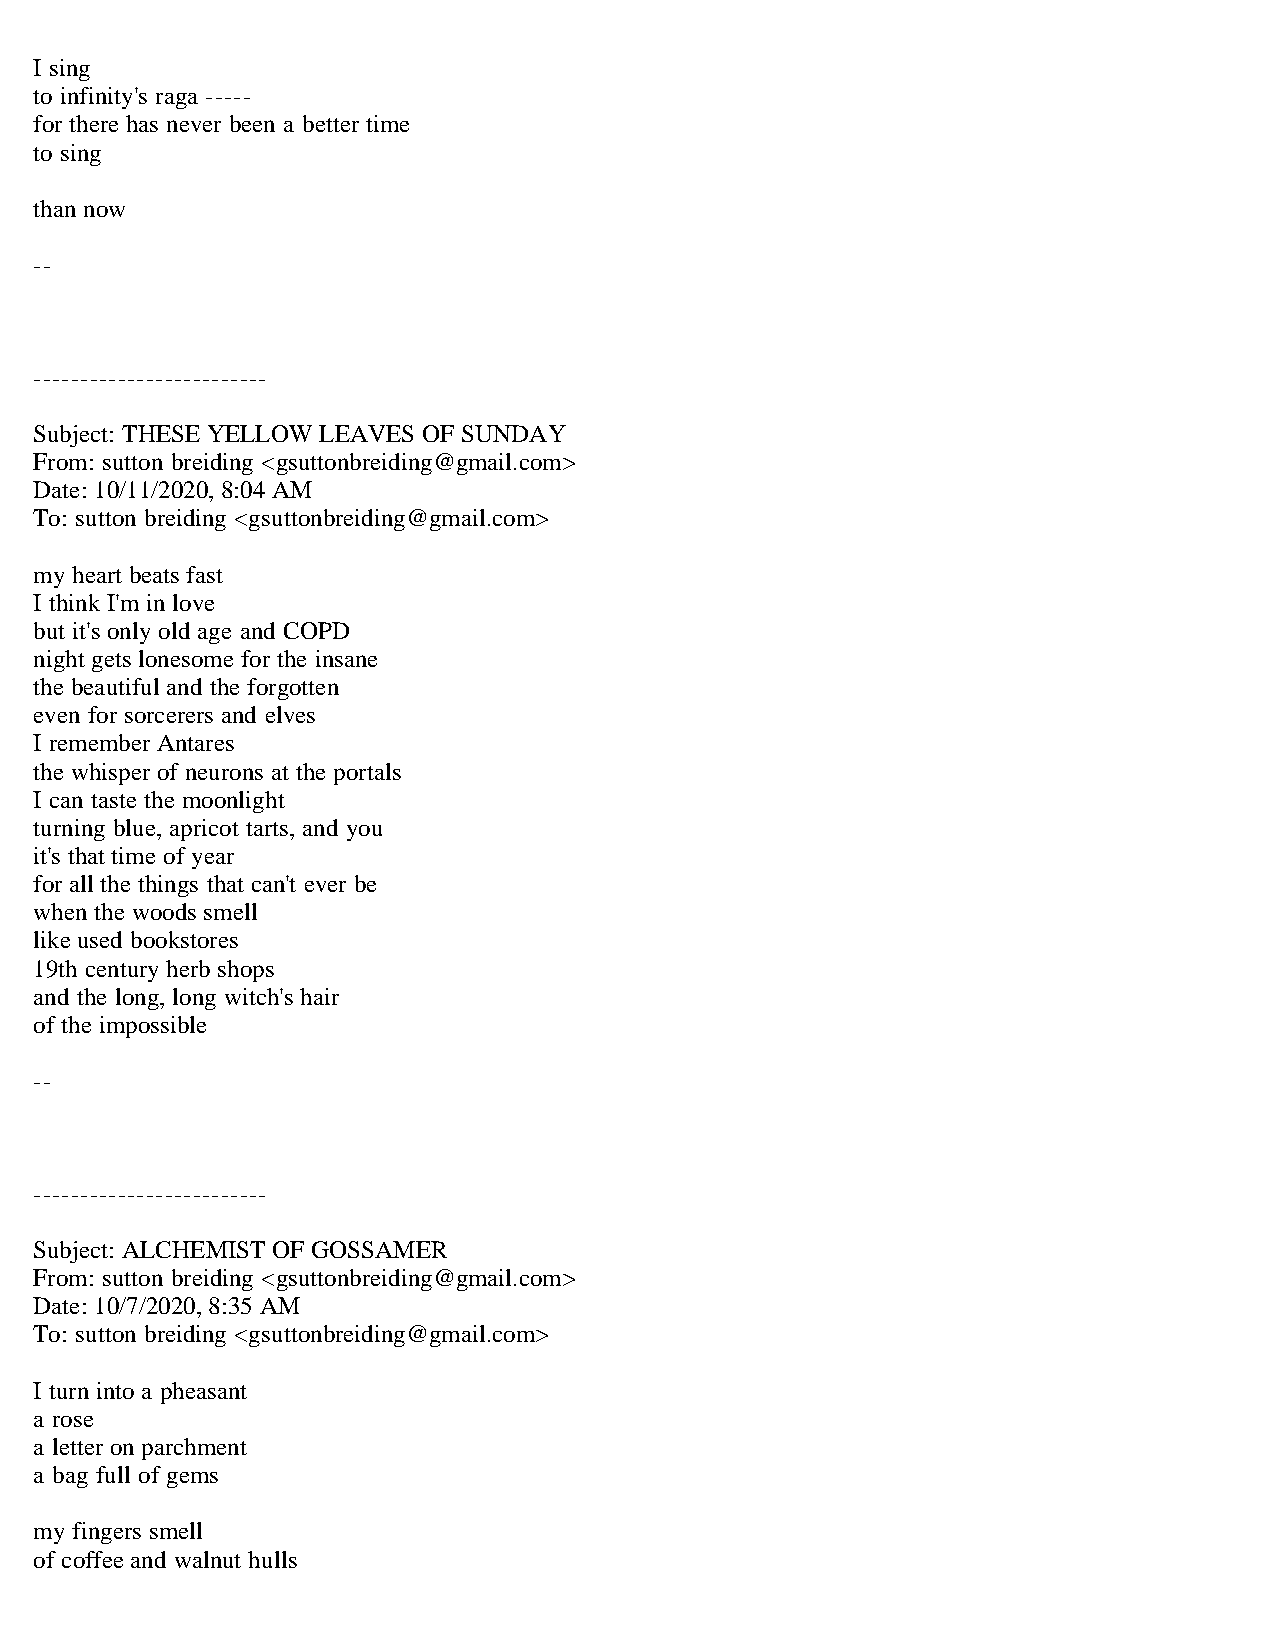
I sing
 to infinity's raga -----
 for there has never been a better time
 to sing
 than now
 --
 -------------------------
 Subject: THESE YELLOW LEAVES OF SUNDAY
 From: sutton breiding <gsuttonbreiding@gmail.com>
 Date: 10/11/2020, 8:04 AM
 To: sutton breiding <gsuttonbreiding@gmail.com>
 my heart beats fast
 I think I'm in love
 but it's only old age and COPD
 night gets lonesome for the insane
 the beautiful and the forgotten
 even for sorcerers and elves
 I remember Antares
 the whisper of neurons at the portals
 I can taste the moonlight
 turning blue, apricot tarts, and you
 it's that time of year
 for all the things that can't ever be
 when the woods smell
 like used bookstores
 19th century herb shops
 and the long, long witch's hair
 of the impossible
 --
 -------------------------
 Subject: ALCHEMIST OF GOSSAMER
 From: sutton breiding <gsuttonbreiding@gmail.com>
 Date: 10/7/2020, 8:35 AM
 To: sutton breiding <gsuttonbreiding@gmail.com>
 I turn into a pheasant
 a rose
 a letter on parchment
 a bag full of gems
 my fingers smell
 of coffee and walnut hulls